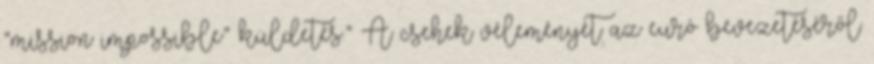
“mission impossible” küldetés.” A csehek véleményét az euró bevezetéséről